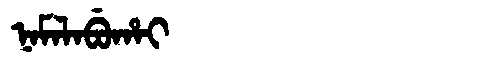
Manchu: ᠨᠠᠮᠠᠯᠠᠪᡠᡥᠠᡳ
Romanization: NAMALABUHAI